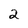
Character: 2